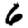
Digit: 6